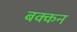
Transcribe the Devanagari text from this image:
बक्कन